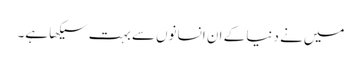
میں‌نے دنیا کے ان انسانوں‌سے بہت سیکھا ہے۔